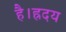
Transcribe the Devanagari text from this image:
है।ह्रदय